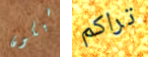
سيكون تراكم